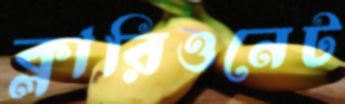
ক্লারিওনেট